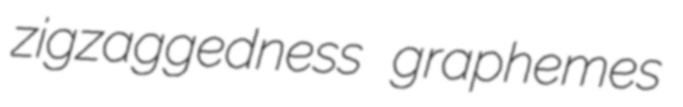
zigzaggedness graphemes